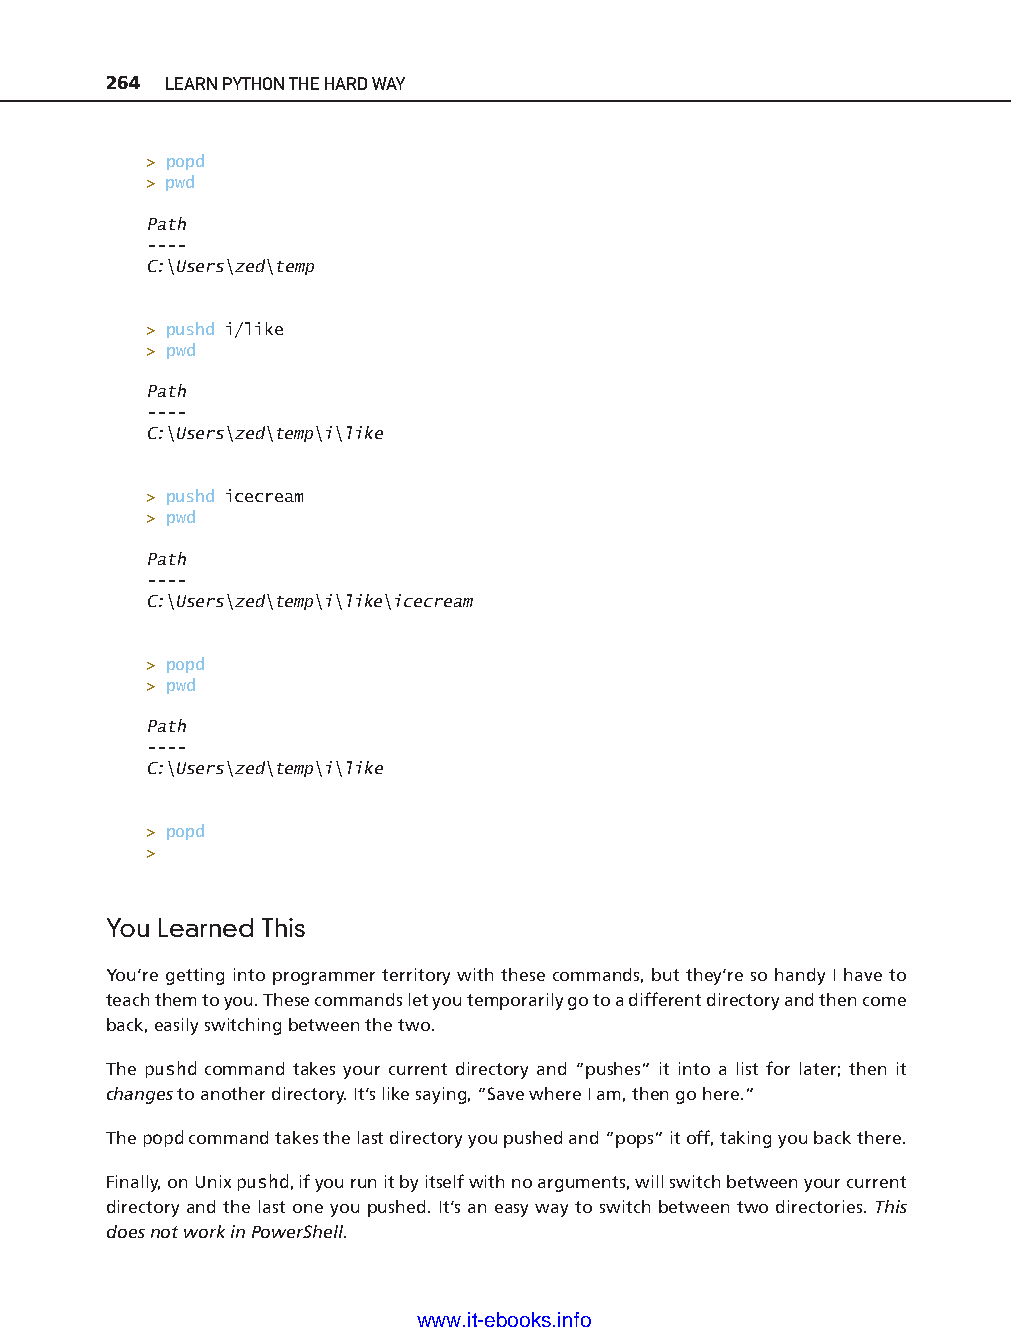
264 LEARN PYTHON THE HARD WAY
 > popd
 > pwd
 Path
 - - - -
 C:\Users\zed\temp
 > pushd i/like
 > pwd
 Path
 - - - -
 C:\Users\zed\temp\i\like
 > pushd icecream
 > pwd
 Path
 - - - -
 C:\Users\zed\temp\i\like\icecream
 > popd
 ptg11539604
 > pwd
 Path
 - - - -
 C:\Users\zed\temp\i\like
 > popd
 >
 You Learned This
 You’re getting into programmer territory with these commands, but they’re so handy I have to
 teach them to you. These commands let you temporarily go to a different directory and then come
 back, easily switching between the two.
 The pushd command takes your current directory and “pushes” it into a list for later; then it
 changes to another directory. It’s like saying, “Save where I am, then go here.”
 The popd command takes the last directory you pushed and “pops” it off, taking you back there.
 Finally, on Unix pushd, if you run it by itself with no arguments, will switch between your current
 directory and the last one you pushed. It’s an easy way to switch between two directories. This
 does not work in PowerShell.
 www.it-ebooks.info